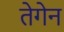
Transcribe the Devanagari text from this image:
तेगेन